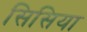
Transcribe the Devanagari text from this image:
सिसिया